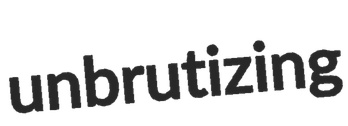
unbrutizing